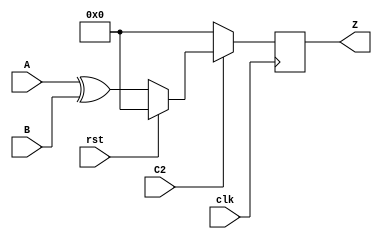
`timescale 1ns / 1ps
module main(clk,A,B,Z,C2,rst);

//clock and reset
input clk;
input rst;
input C2;
input [3:0] A;
input [3:0] B;
  //outputs for bitwise XOR
output reg [3:0] Z;

always@(posedge clk)
begin
    if(C2) // used as Frequency divider
  begin
    if(rst==0)

    //if reset is 0 then only frequency divider works
    //Frequency gets 1/8 th ofits original value
    begin
        Z <= A ^ B; 
    end
    else if (rst==1)
    begin
        Z <= 0;
    end
  end
  else
  begin
      Z <= 0;
  end
end

endmodule